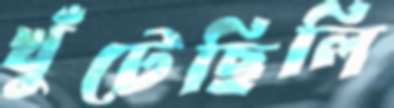
খুঁটেছিলি